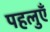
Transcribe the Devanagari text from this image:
पहलुएँ